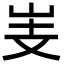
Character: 㞿